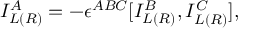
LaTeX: I _ { L ( R ) } ^ { A } = - \epsilon ^ { A B C } [ I _ { L ( R ) } ^ { B } , I _ { L ( R ) } ^ { C } ] ,